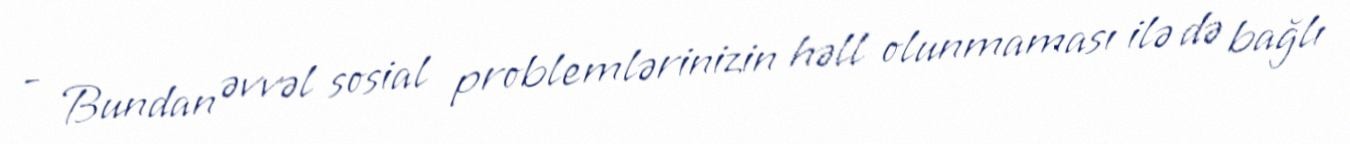
- Bundan əvvəl sosial problemlərinizin həll olunmaması ilə də bağlı